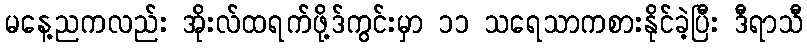
မနေ့ညကလည်း အိုးလ်ထရက်ဖို့ဒ်ကွင်းမှာ ၁၁ သရေသာကစားနိုင်ခဲ့ပြီး ဒီရာသီ